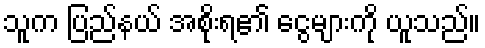
သူက ပြည်နယ် အစိုးရ၏ ငွေများကို ယူသည်။